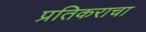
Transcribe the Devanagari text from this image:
प्रतिकराचा